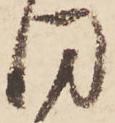
同